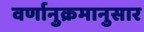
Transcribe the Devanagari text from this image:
वर्णानुक्रमानुसार